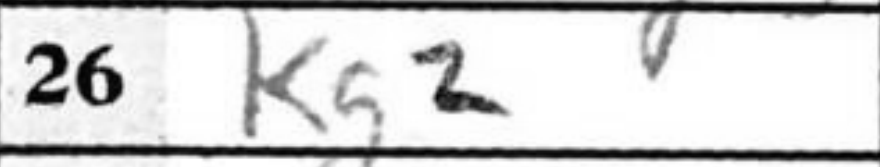
Transcription: Kg2